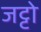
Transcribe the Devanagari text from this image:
जट्टो